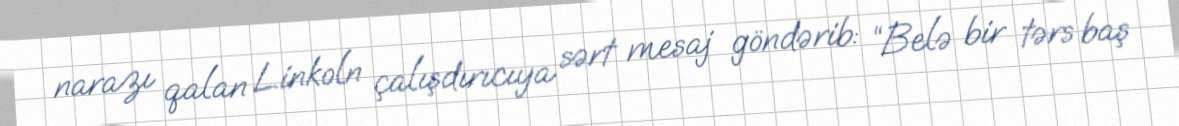
narazı qalan Linkoln çalışdırıcıya sərt mesaj göndərib: “Belə bir tərs baş